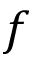
f